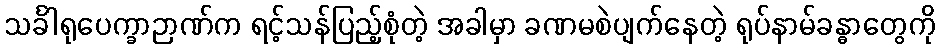
သင်္ခါရုပေက္ခာဉာဏ်က ရင့်သန်ပြည့်စုံတဲ့ အခါမှာ ခဏမစဲပျက်နေတဲ့ ရုပ်နာမ်ခန္ဓာတွေကို